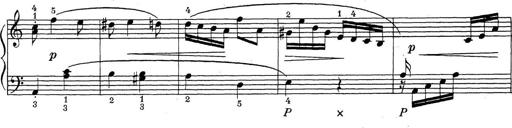
Title: ÄŒeskÃ© Sonatiny
Composer: Various